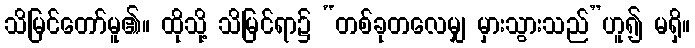
သိမြင်တော်မူ၏။ ထိုသို့ သိမြင်ရာ၌ “တစ်ခုတလေမျှ မှားသွားသည်”ဟူ၍ မရှိ။